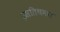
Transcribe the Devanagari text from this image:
इसतिथमार